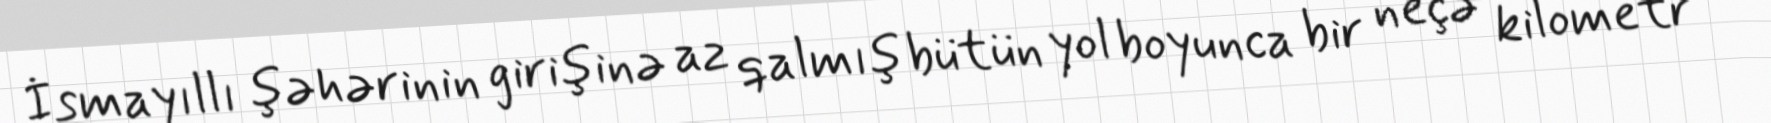
İsmayıllı şəhərinin girişinə az qalmış bütün yol boyunca bir neçə kilometr